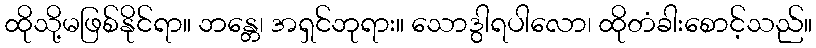
ထိုသို့မဖြစ်နိုင်ရာ။ ဘန္တေ၊ အရှင်ဘုရား။ သောဒွါရပါလော၊ ထိုတံခါးစောင့်သည်။